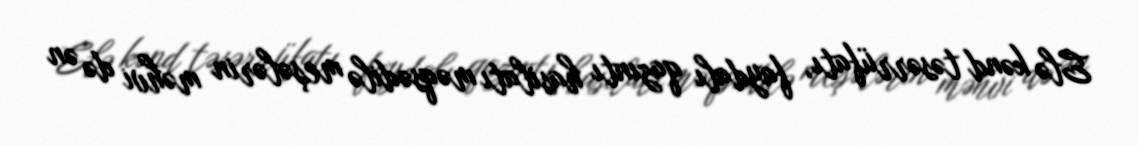
Elə kənd təsərrüfatı, faydalı qazıntı hasilatı məqsədilə meşələrin məhvi də ən